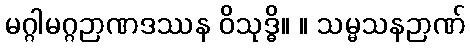
မဂ္ဂါမဂ္ဂဉာဏဒဿန ဝိသုဒ္ဓိ။ ။ သမ္မသနဉာဏ်